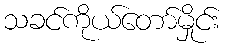
သခင်ကိုယ်တော်မှိုင်း